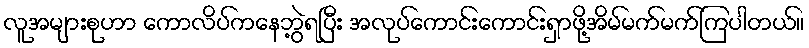
လူအများစုဟာ ကောလိပ်ကနေဘွဲ့ရပြီး အလုပ်ကောင်းကောင်းရှာဖို့အိမ်မက်မက်ကြပါတယ်။